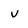
Character: v